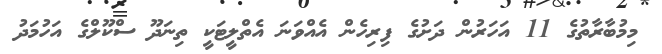
މިމުބާރާތުގެ 11 އަހަރުން ދަށުގެ ފިރިހެން އެއްވަނަ އެތްލީޓަކީ ތިނަދޫ ސްކޫލްގެ އަހުމަދު